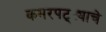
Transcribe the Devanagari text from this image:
कमरपट्ट्याचे